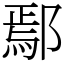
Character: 鄢